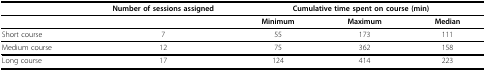
|  | Number of sessions assigned | <COLSPAN=3> Cumulative time spent on course (min) |
 | --- | --- | --- | --- | --- |
 |  |  | Minimum | Maximum | Median |
 | Short course | 7 | 55 | 173 | 111 |
 | Medium course | 12 | 75 | 362 | 158 |
 | Long course | 17 | 124 | 414 | 223 |